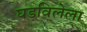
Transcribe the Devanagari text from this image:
घडविलेला